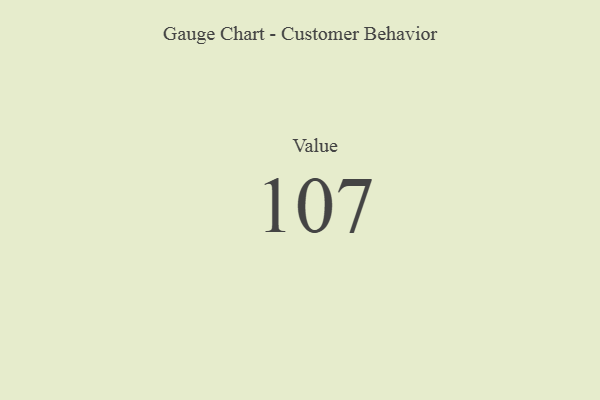
{"axis": {"x": "Metric", "y": "Value"}, "legend": [""], "data": [{"x": "Value", "y": 107, "type": ""}]}